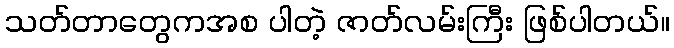
သတ်တာတွေကအစ ပါတဲ့ ဇာတ်လမ်းကြီး ဖြစ်ပါတယ်။